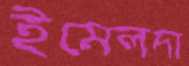
ইমেলদা